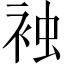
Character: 𧙽